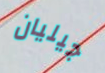
جيليان